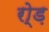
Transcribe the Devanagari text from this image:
रो्ड़